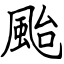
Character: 颱